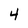
Character: 4